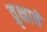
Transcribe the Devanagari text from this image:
व्रृक्षाचे